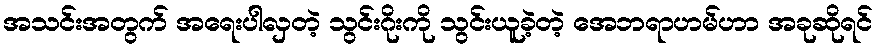
အသင်းအတွက် အရေးပါလှတဲ့ သွင်းဂိုးကို သွင်းယူခဲ့တဲ့ အေဘရာဟမ်ဟာ အခုဆိုရင်